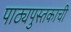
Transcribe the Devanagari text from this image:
पाठ्यपुस्तकाची